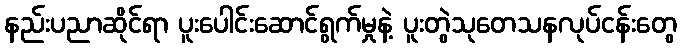
နည်းပညာဆိုင်ရာ ပူးပေါင်းဆောင်ရွက်မှုနဲ့ ပူးတွဲသုတေသနလုပ်ငန်းတွေ